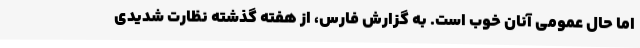
اما حال عمومی آنان خوب است. به گزارش فارس، از هفته گذشته نظارت شدیدی